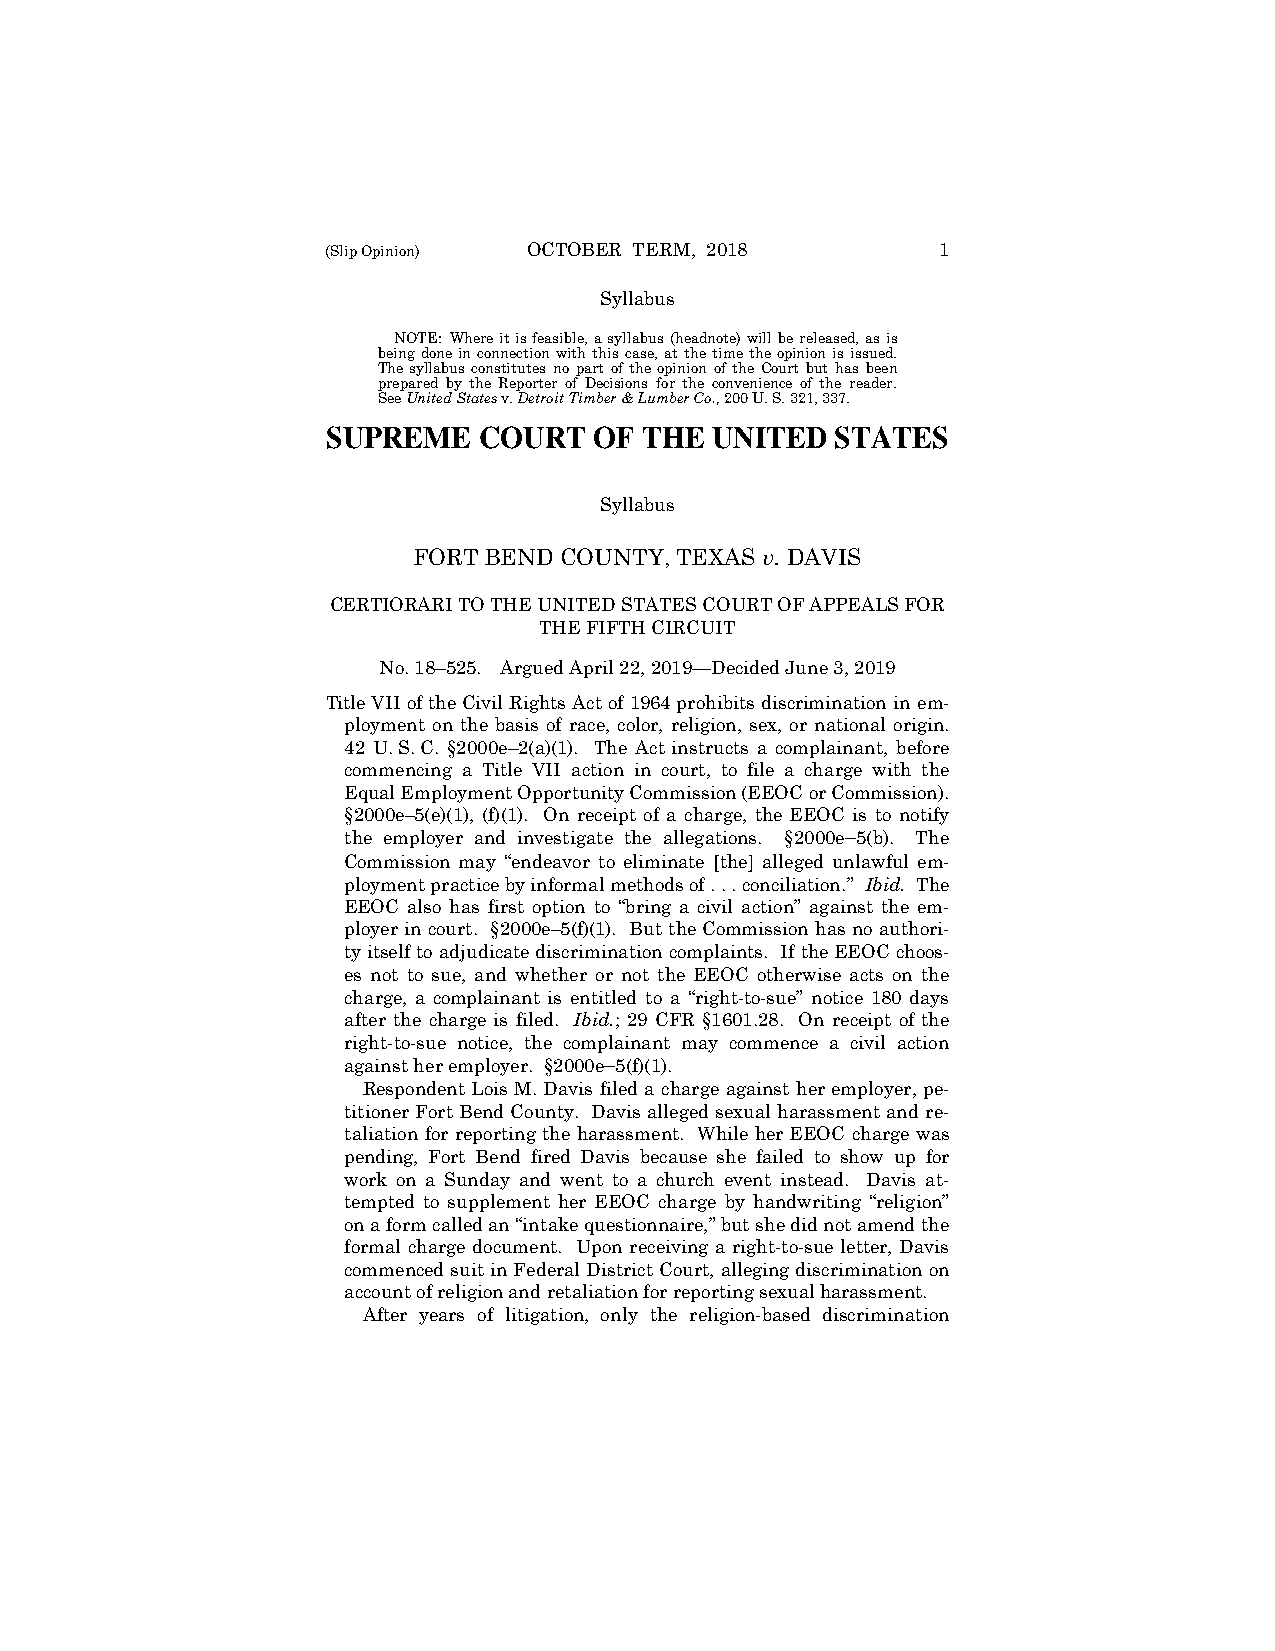
(Slip Opinion) OCTOBER TERM, 2018       1
 Syllabus
 NOTE: Where it is feasible, a syllabus (headnote) will be released, as is
 being done in connection with this case, at the time the opinion is issued.
 The syllabus constitutes no part of the opinion of the Court but has been
 prepared by the Reporter of Decisions for the convenience of the reader.
 See United States v. Detroit Timber & Lumber Co., 200 U. S. 321, 337.
 SUPREME   COURT  OF THE  UNITED  STATES
 Syllabus
 FORT BEND COUNTY, TEXAS v. DAVIS
 CERTIORARI TO THE UNITED STATES COURT OF APPEALS FOR
 THE FIFTH CIRCUIT
 No. 18–525. Argued April 22, 2019—Decided June 3, 2019
 Title VII of the Civil Rights Act of 1964 prohibits discrimination in em-
 ployment on the basis of race, color, religion, sex, or national origin.
 42 U. S. C. §2000e–2(a)(1). The Act instructs a complainant, before
 commencing a Title VII action in court, to file a charge with the
 Equal Employment Opportunity Commission (EEOC or Commission).
 §2000e‒5(e)(1), (f)(1). On receipt of a charge, the EEOC is to notify
 the employer and investigate the allegations. §2000e‒5(b). The
 Commission may “endeavor to eliminate [the] alleged unlawful em-
 ployment practice by informal methods of . . . conciliation.” Ibid. The
 EEOC also has first option to “bring a civil action” against the em-
 ployer in court. §2000e‒5(f)(1). But the Commission has no authori-
 ty itself to adjudicate discrimination complaints. If the EEOC choos-
 es not to sue, and whether or not the EEOC otherwise acts on the
 charge, a complainant is entitled to a “right-to-sue” notice 180 days
 after the charge is filed. Ibid.; 29 CFR §1601.28. On receipt of the
 right-to-sue notice, the complainant may commence a civil action
 against her employer. §2000e‒5(f)(1).
 Respondent Lois M. Davis filed a charge against her employer, pe-
 titioner Fort Bend County. Davis alleged sexual harassment and re-
 taliation for reporting the harassment. While her EEOC charge was
 pending, Fort Bend fired Davis because she failed to show up for
 work on a Sunday and went to a church event instead. Davis at-
 tempted to supplement her EEOC charge by handwriting “religion”
 on a form called an “intake questionnaire,” but she did not amend the
 formal charge document. Upon receiving a right-to-sue letter, Davis
 commenced suit in Federal District Court, alleging discrimination on
 account of religion and retaliation for reporting sexual harassment.
 After years of litigation, only the religion-based discrimination